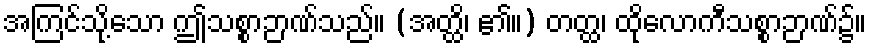
အကြင်သို့သော ဤသစ္စာဉာဏ်သည်။ (အတ္ထိ၊ ၏။) တတ္ထ၊ ထိုလောကီသစ္စာဉာဏ်၌။